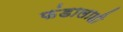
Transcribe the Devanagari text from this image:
फंडालाही